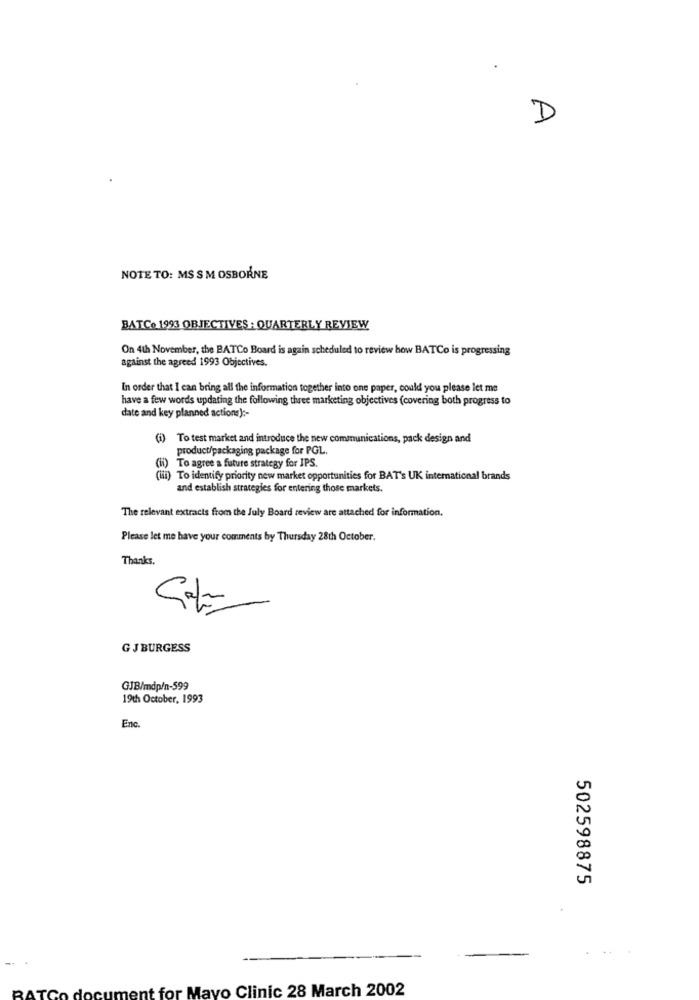
D
NOTE TO: MS S M OSBORNE
BATCO 1993 OBJECTIVES : QUARTERLY REVIEW
On 4th November, the BATCo Board is again scheduled to review how BATCo is progressing
against the agreed 1993 Objectives.
In order that I can bring all the information together into one paper, could you please let me
have a few words updating the following three marketing objectives (covering both progress to
date and key planned actions) :-
(i) To test market and introduce the new communications, pack design and
product/packaging package for PGL.
(ii) To agree a future strategy for IPS.
(iii) To identify priority new market opportunities for BAT's UK international brands
and establish strategies for entering those markets.
The relevant extracts from the July Board review are attached for information.
Please let me have your comments by Thursday 28th October.
Thanks.
GJBURGESS
GJB/mdp/n-599
19th October, 1993
Enc
502598875
ment for Mayo Clinic 28 March 2002
BATC